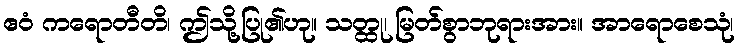
ဧဝံ ကရောတီတိ၊ ဤသို့ပြု၏ဟု။ သတ္ထု၊ မြတ်စွာဘုရားအား။ အာရောစေသုံ၊